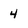
Character: 4